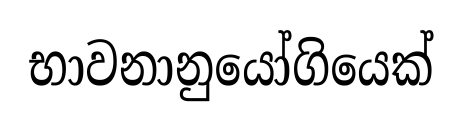
භාවනානුයෝගියෙක්